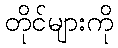
တိုင်များကို